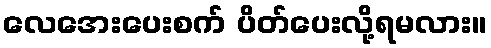
လေအေးပေးစက် ပိတ်ပေးလို့ရမလား။